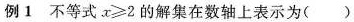
例1不等式$$α ≥ 2$$的解集在数轴上表示为( )